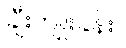
ချီးကျူးခန်း။